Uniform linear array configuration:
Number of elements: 16
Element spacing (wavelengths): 1
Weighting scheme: uniform
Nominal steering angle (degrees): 15
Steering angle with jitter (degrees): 15.676
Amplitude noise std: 0.05
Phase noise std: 0.05

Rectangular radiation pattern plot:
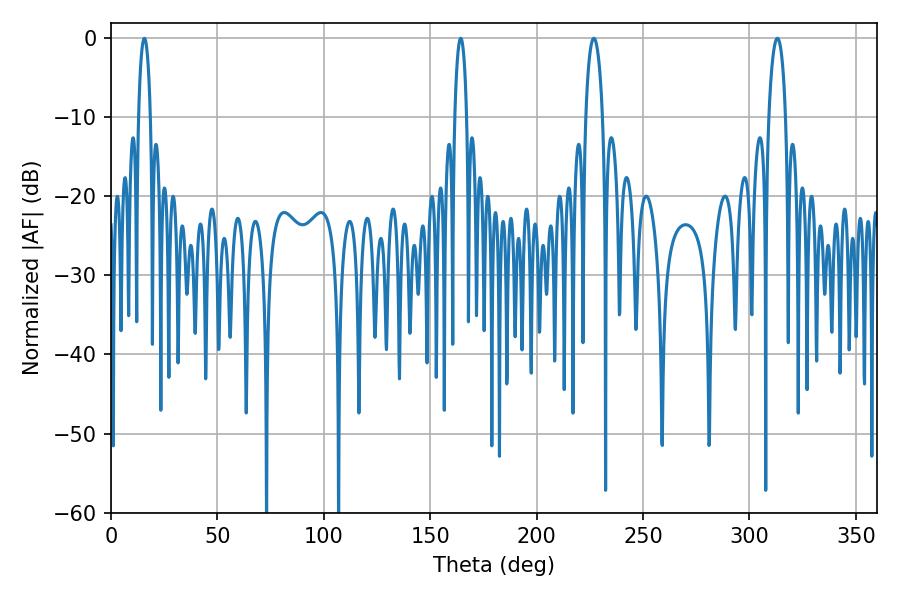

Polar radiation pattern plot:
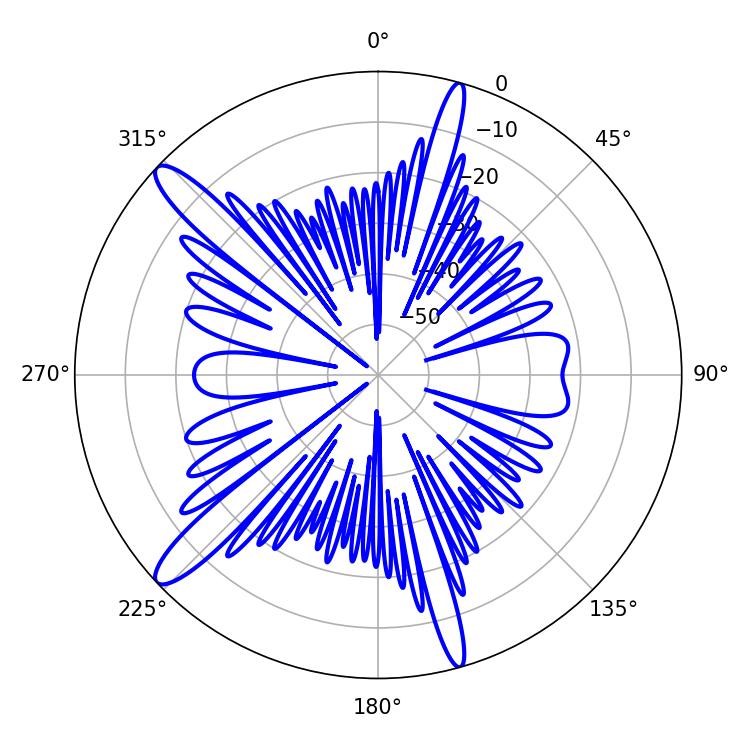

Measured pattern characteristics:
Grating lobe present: TRUE
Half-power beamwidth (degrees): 3.24
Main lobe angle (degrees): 15.66